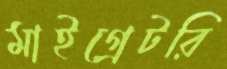
মাইগ্রেটরি